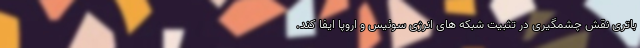
باتری نقش چشمگیری در تثبیت شبکه های انرژی سوئیس و اروپا ایفا کند.